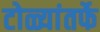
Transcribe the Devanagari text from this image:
टोळ्यांतर्फे